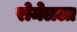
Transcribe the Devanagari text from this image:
रोमेलला